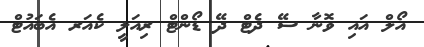
އޯލް އައި ވޮނާ ސޭ ދެޓް ދޭ ޑޯންޓް ރިއަލީ ކެއަރ އެބައުޓް